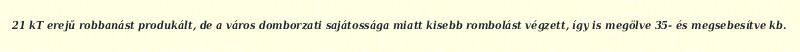
21 kT erejű robbanást produkált, de a város domborzati sajátossága miatt kisebb rombolást végzett, így is megölve 35- és megsebesítve kb.